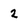
Character: 2